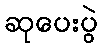
ဆုပေးပွဲ